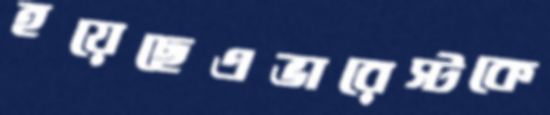
হয়েছেএভারেস্টকে